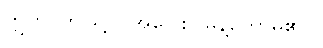
ဣတိ၊ ဤသို့။ (အဝေါစ၊ မိန့်တော်မူ၏။)